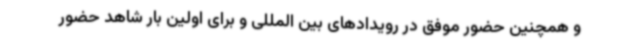
و همچنین حضور موفق در رویدادهای بین المللی و برای اولین بار شاهد حضور